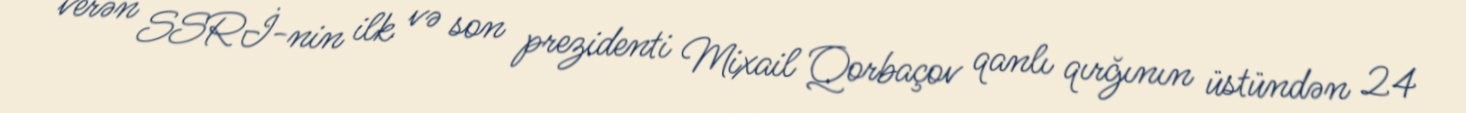
verən SSRİ-nin ilk və son prezidenti Mixail Qorbaçov qanlı qırğının üstündən 24